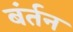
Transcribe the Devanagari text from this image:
बंर्तन